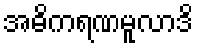
အဓိကရဏမူလာဒိ